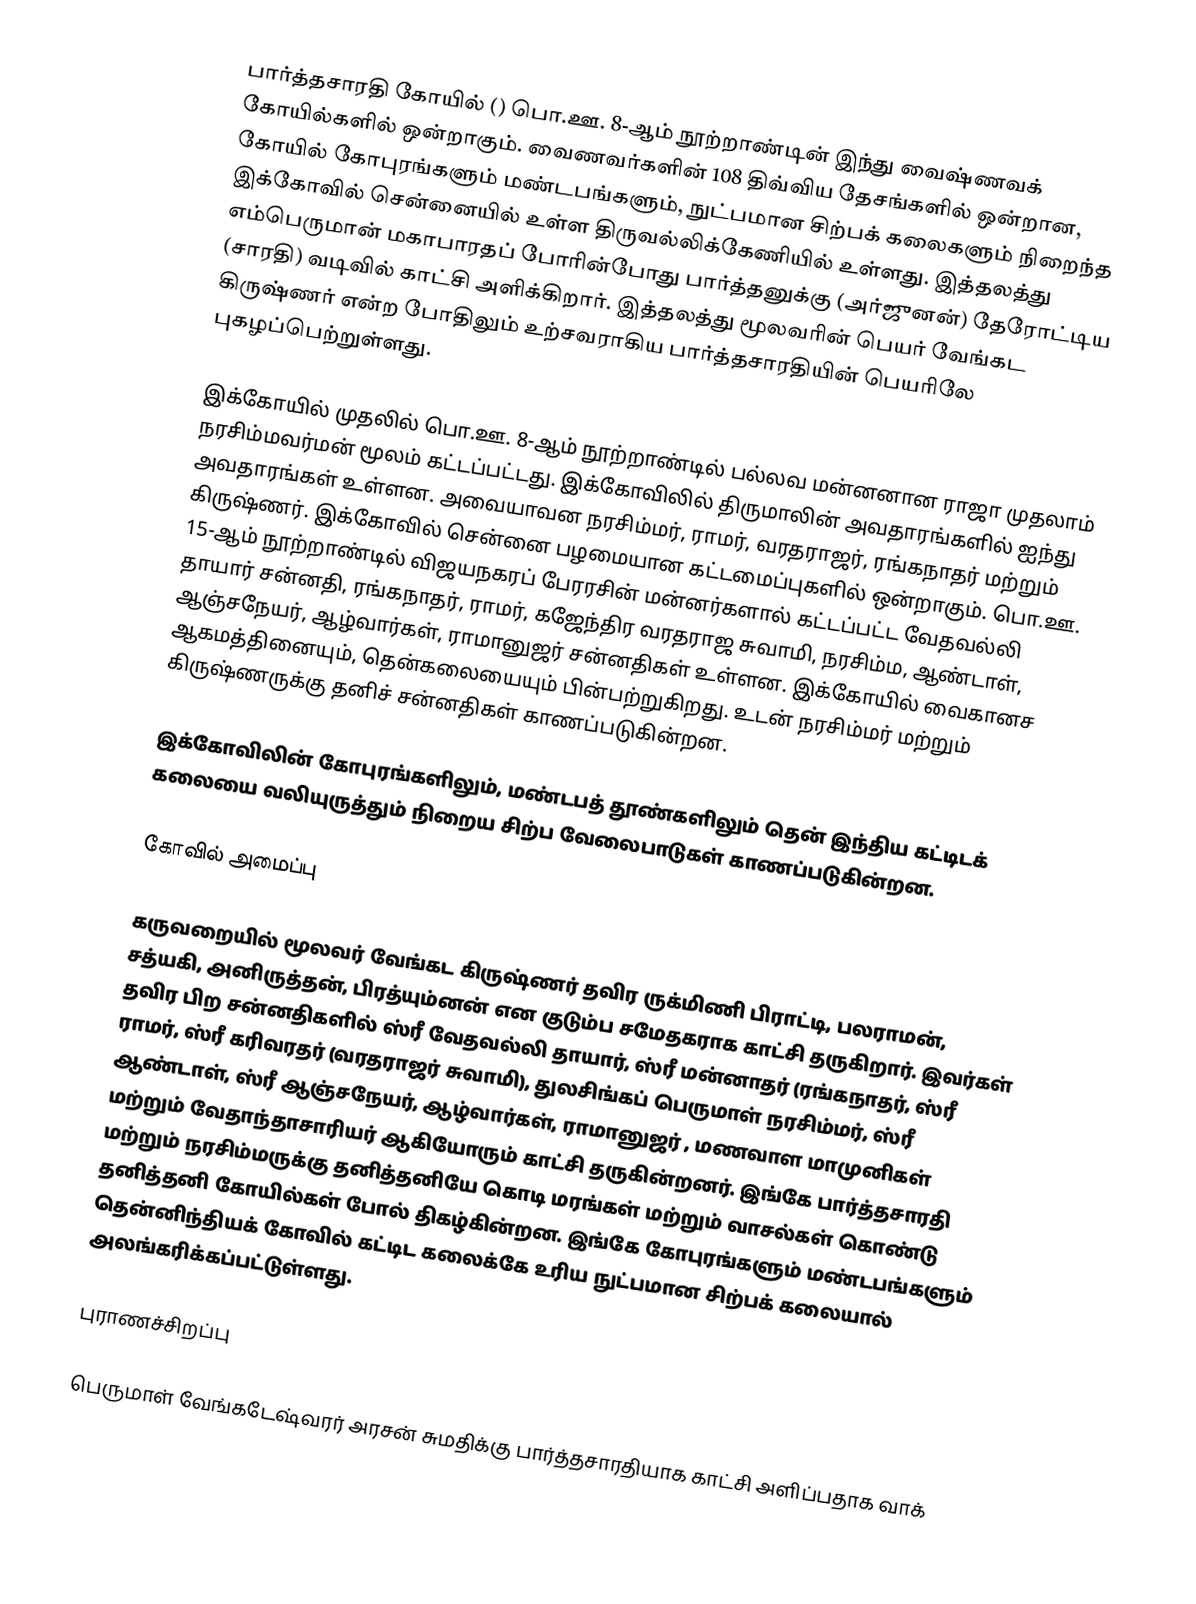
பார்த்தசாரதி கோயில் () பொ.ஊ. 8-ஆம் நூற்றாண்டின் இந்து வைஷ்ணவக் கோயில்களில் ஒன்றாகும். வைணவர்களின் 108 திவ்விய தேசங்களில் ஒன்றான, கோயில் கோபுரங்களும் மண்டபங்களும், நுட்பமான சிற்பக் கலைகளும் நிறைந்த இக்கோவில் சென்னையில் உள்ள திருவல்லிக்கேணியில் உள்ளது.  இத்தலத்து எம்பெருமான் மகாபாரதப் போரின்போது பார்த்தனுக்கு (அர்ஜுனன்) தேரோட்டிய (சாரதி) வடிவில் காட்சி அளிக்கிறார். இத்தலத்து மூலவரின் பெயர் வேங்கட கிருஷ்ணர் என்ற போதிலும் உற்சவராகிய பார்த்தசாரதியின் பெயரிலே புகழப்பெற்றுள்ளது.

இக்கோயில் முதலில் பொ.ஊ. 8-ஆம் நூற்றாண்டில் பல்லவ மன்னனான ராஜா முதலாம் நரசிம்மவர்மன் மூலம் கட்டப்பட்டது. இக்கோவிலில் திருமாலின் அவதாரங்களில் ஐந்து அவதாரங்கள் உள்ளன. அவையாவன நரசிம்மர், ராமர், வரதராஜர், ரங்கநாதர் மற்றும் கிருஷ்ணர். இக்கோவில் சென்னை பழமையான கட்டமைப்புகளில் ஒன்றாகும். பொ.ஊ. 15-ஆம் நூற்றாண்டில் விஜயநகரப் பேரரசின் மன்னர்களால் கட்டப்பட்ட வேதவல்லி தாயார் சன்னதி, ரங்கநாதர், ராமர், கஜேந்திர வரதராஜ சுவாமி, நரசிம்ம, ஆண்டாள், ஆஞ்சநேயர், ஆழ்வார்கள், ராமானுஜர் சன்னதிகள் உள்ளன. இக்கோயில் வைகானச ஆகமத்தினையும், தென்கலையையும் பின்பற்றுகிறது. உடன் நரசிம்மர் மற்றும் கிருஷ்ணருக்கு தனிச் சன்னதிகள் காணப்படுகின்றன.

இக்கோவிலின் கோபுரங்களிலும், மண்டபத் தூண்களிலும் தென் இந்திய கட்டிடக் கலையை வலியுருத்தும் நிறைய சிற்ப வேலைபாடுகள் காணப்படுகின்றன.

கோவில் அமைப்பு

கருவறையில் மூலவர் வேங்கட கிருஷ்ணர் தவிர ருக்மிணி பிராட்டி, பலராமன், சத்யகி, அனிருத்தன், பிரத்யும்னன் என குடும்ப சமேதகராக காட்சி தருகிறார். இவர்கள் தவிர பிற சன்னதிகளில் ஸ்ரீ வேதவல்லி தாயார், ஸ்ரீ மன்னாதர் (ரங்கநாதர், ஸ்ரீ ராமர், ஸ்ரீ கரிவரதர் (வரதராஜர் சுவாமி), துலசிங்கப் பெருமாள் நரசிம்மர், ஸ்ரீ ஆண்டாள், ஸ்ரீ ஆஞ்சநேயர், ஆழ்வார்கள், ராமானுஜர் , மணவாள மாமுனிகள் மற்றும் வேதாந்தாசாரியர் ஆகியோரும் காட்சி தருகின்றனர். இங்கே பார்த்தசாரதி மற்றும் நரசிம்மருக்கு தனித்தனியே கொடி மரங்கள் மற்றும் வாசல்கள் கொண்டு தனித்தனி கோயில்கள் போல் திகழ்கின்றன. இங்கே கோபுரங்களும் மண்டபங்களும் தென்னிந்தியக் கோவில் கட்டிட கலைக்கே உரிய நுட்பமான சிற்பக் கலையால் அலங்கரிக்கப்பட்டுள்ளது.

புராணச்சிறப்பு

பெருமாள் வேங்கடேஷ்வரர் அரசன் சுமதிக்கு பார்த்தசாரதியாக காட்சி அளிப்பதாக வாக்